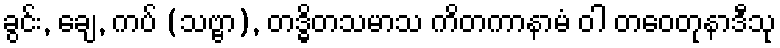
ခွင်း, ချေ, ကပ် (သဗ္ဗာ), တဒ္ဓိတသမာသ ကိတကာနာမံ ဝါ တဝေတုနာဒီသု